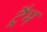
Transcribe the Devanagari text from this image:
ट्रैम